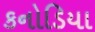
કનોડિયા